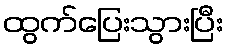
ထွက်ပြေးသွားပြီး